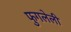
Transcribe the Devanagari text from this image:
फुगलेली